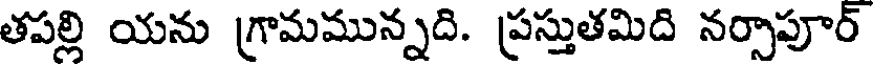
తపల్లి యను గ్రామమున్నది. ప్రస్తుతమిది నర్సాపూర్